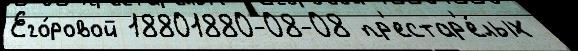
Его́ровой 18801880-08-08 пр'естар'е́лых